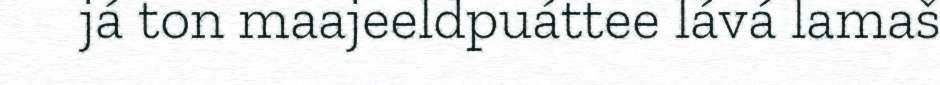
já ton maajeeldpuáttee lává lamaš